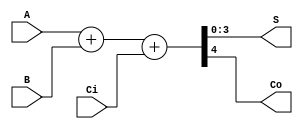
// Ch07 adder4.v
// |[k ([kBl)

module adder4 (S, Co, A, B, Ci);
input  [3:0] A, B;	// A, B |J
input  Ci;		// Ci @J
output Co; 		// Co @iX
output [3:0] S; 	// S  |[kMX

// [kBl 
assign {Co, S} = A + B + Ci;

endmodule